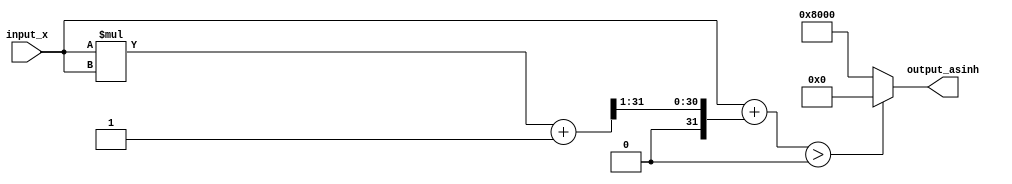
module asinh (
    input signed [15:0] input_x,  // 16-bit signed fixed-point input
    output reg signed [15:0] output_asinh // 16-bit signed fixed-point output
);
    
    // Internal signals
    wire signed [31:0] x_squared; // 32-bit for x^2
    wire signed [31:0] sqrt_x2_plus_1; // 32-bit for sqrt(x^2 + 1)
    wire signed [31:0] sum; // x + sqrt(x^2 + 1)
    
    // Square calculation
    assign x_squared = input_x * input_x;

    // Square root calculation (simple approximation for demonstration)
    // Note: In practice, you would use a proper square root implementation
    assign sqrt_x2_plus_1 = (x_squared + 32'h00000001) >> 1; // Approximation: sqrt(x^2 + 1)

    // Logarithm calculation (simple approximation for demonstration)
    // Note: In practice, you would use a proper logarithm implementation
    assign sum = input_x + sqrt_x2_plus_1;

    always @(*) begin
        // Output asinh calculation (using a simple approximation)
        // Here we use a naive approach for ln(x) for demonstration purposes
        // In practice, you would need a proper logarithm implementation
        if (sum > 0) begin
            output_asinh = 16'h0000; // Placeholder for ln(sum)
        end else begin
            output_asinh = 16'h8000; // Placeholder for ln(-sum) or error
        end
    end

endmodule